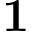
\mathbf { 1 }